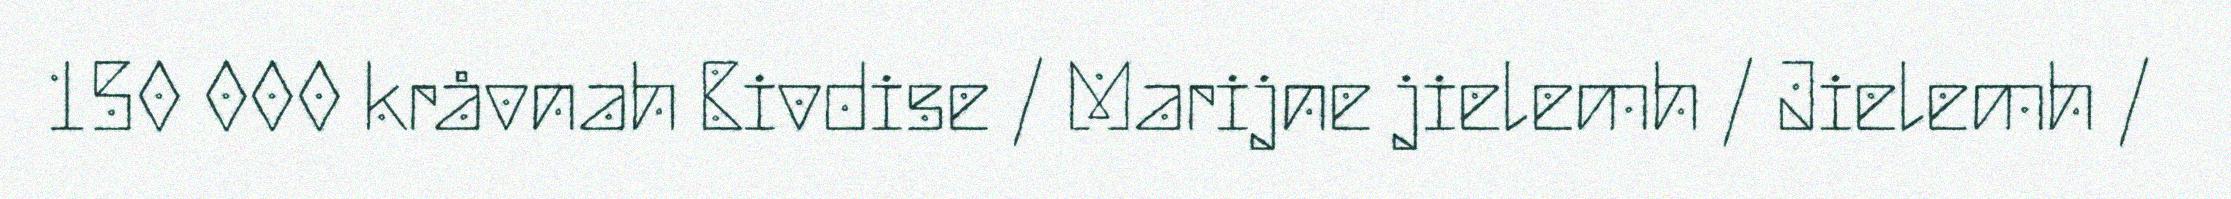
150 000 kråvnah Bivdise / Marijne jielemh / Jielemh /